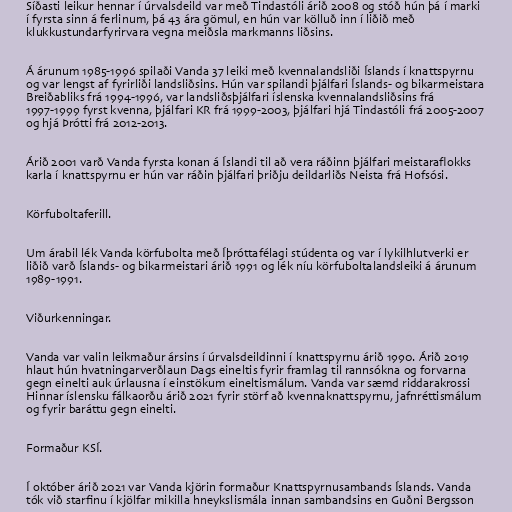
Síðasti leikur hennar í úrvalsdeild var með Tindastóli árið 2008 og stóð hún þá í marki
í fyrsta sinn á ferlinum, þá 43 ára gömul, en hún var kölluð inn í liðið með
klukkustundarfyrirvara vegna meiðsla markmanns liðsins.

Á árunum 1985-1996 spilaði Vanda 37 leiki með kvennalandsliði Íslands í knattspyrnu
og var lengst af fyrirliði landsliðsins. Hún var spilandi þjálfari Íslands- og bikarmeistara
Breiðabliks frá 1994-1996, var landsliðsþjálfari íslenska kvennalandsliðsins frá
1997-1999 fyrst kvenna, þjálfari KR frá 1999-2003, þjálfari hjá Tindastóli frá 2005-2007
og hjá Þrótti frá 2012-2013.

Árið 2001 varð Vanda fyrsta konan á Íslandi til að vera ráðinn þjálfari meistaraflokks
karla í knattspyrnu er hún var ráðin þjálfari þriðju deildarliðs Neista frá Hofsósi.

Körfuboltaferill.

Um árabil lék Vanda körfubolta með Íþróttafélagi stúdenta og var í lykilhlutverki er
liðið varð Íslands- og bikarmeistari árið 1991 og lék níu körfuboltalandsleiki á árunum
1989-1991.

Viðurkenningar.

Vanda var valin leikmaður ársins í úrvalsdeildinni í knattspyrnu árið 1990. Árið 2019
hlaut hún hvatningarverðlaun Dags eineltis fyrir framlag til rannsókna og forvarna
gegn einelti auk úrlausna í einstökum eineltismálum. Vanda var sæmd riddarakrossi
Hinnar íslensku fálkaorðu árið 2021 fyrir störf að kvennaknattspyrnu, jafnréttismálum
og fyrir baráttu gegn einelti.

Formaður KSÍ.

Í október árið 2021 var Vanda kjörin formaður Knattspyrnusambands Íslands. Vanda
tók við starfinu í kjölfar mikilla hneykslismála innan sambandsins en Guðni Bergsson